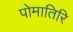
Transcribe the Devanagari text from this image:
पोमातिरि